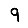
Digit: 9